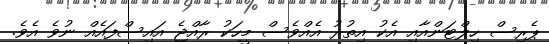
ޕެރިސް ހިލްޓަންއާއި އެކު އިތުރު އެއްވެސް މީހަކު ރާއްޖެ އައިސްފައެއް ނުވެ އެވެ.